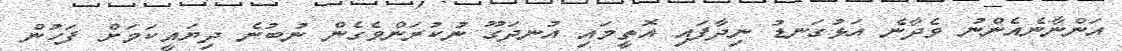
އަންނާނެއެންނު ވެދާނެ އަޅުގަނޑު ނިދާފައި އޮތީމައި އުނދަގޫ ނުކުރަންވެގެން ނުބުނެ ދިޔައީކަމަށް ފަހުން